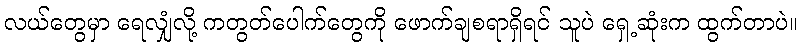
လယ်တွေမှာ ရေလျှံလို့ ကတွတ်ပေါက်တွေကို ဖောက်ချစရာရှိရင် သူပဲ ရှေ့ဆုံးက ထွက်တာပဲ။